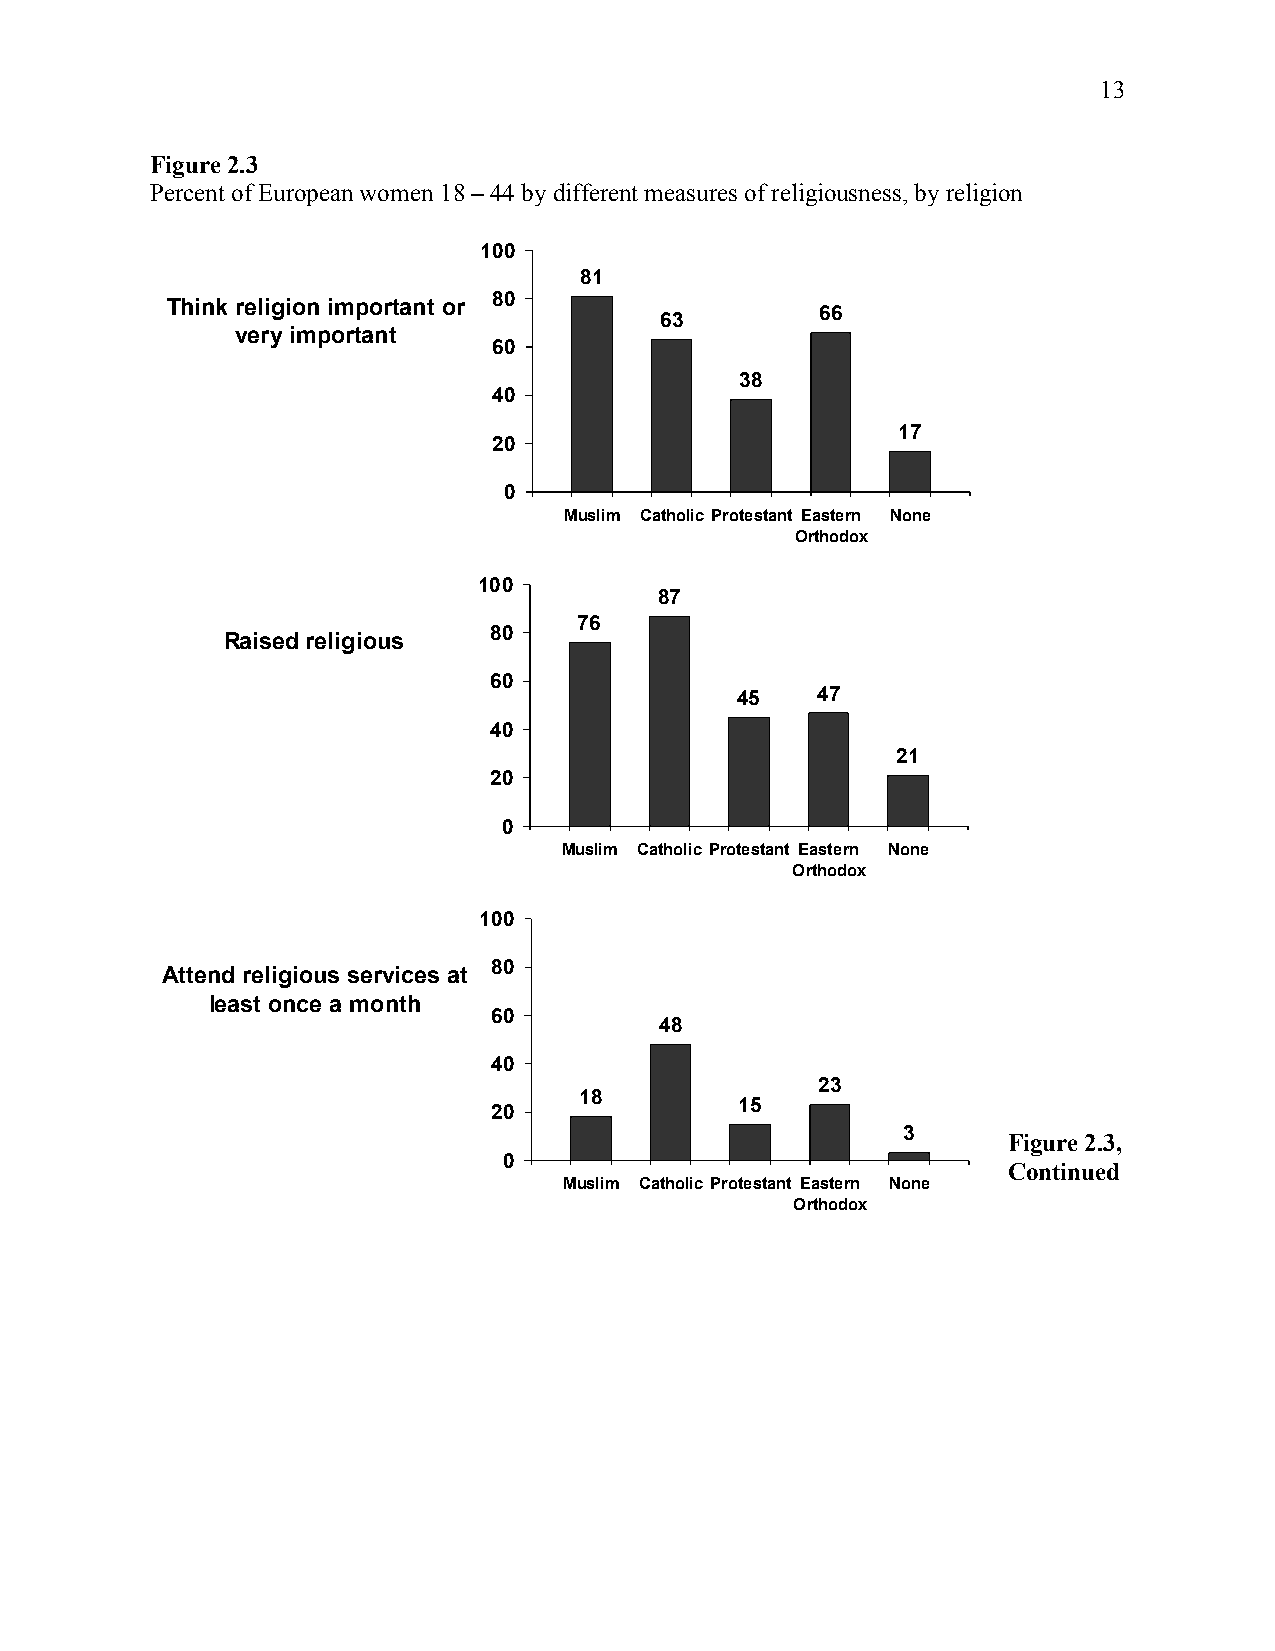
13
 Figure 2.3
 Percent of European women 18 – 44 by different measures of religiousness, by religion
 110000
 8811
 8800
 TThhiinnkk rreelliiggiioonn iimmppoorrttaanntt oorr
 6666
 6633
 vveerryy iimmppoorrttaanntt
 6600
 3388
 4400
 1177
 2200
 00
 MMuusslliimm CCaatthhoolliicc PPrrootteessttaanntt EEaasstteerrnn NNoonnee
 OOrrtthhooddooxx
 110000
 8877
 7766
 8800
 RRaaiisseedd rreelliiggiioouuss
 6600
 4455 4477
 4400
 2211
 2200
 00
 MMuusslliimm CCaatthhoolliicc PPrrootteessttaanntt EEaasstteerrnn NNoonnee
 OOrrtthhooddooxx
 110000
 8800
 AAtttteenndd rreelliiggiioouuss sseerrvviicceess aatt
 lleeaasstt oonnccee aa mmoonntthh
 6600
 4488
 4400
 2233
 1188
 1155
 2200
 33
 Figure 2.3,
 00
 Continued
 MMuusslliimm CCaatthhoolliicc PPrrootteessttaanntt EEaasstteerrnn NNoonnee
 OOrrtthhooddooxx